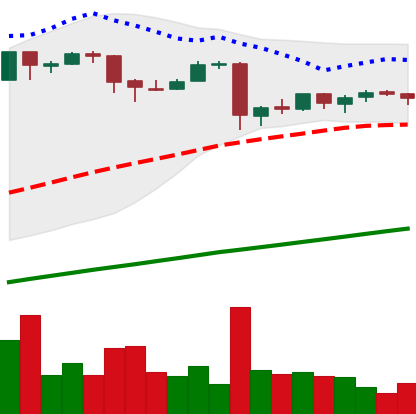
Ticker: BTC-USD
Chart end date: 2016-01-03
Forward return: 5.4%
Label: up_5_7